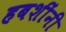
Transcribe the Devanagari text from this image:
हबशींनी